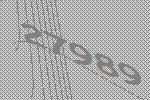
27989